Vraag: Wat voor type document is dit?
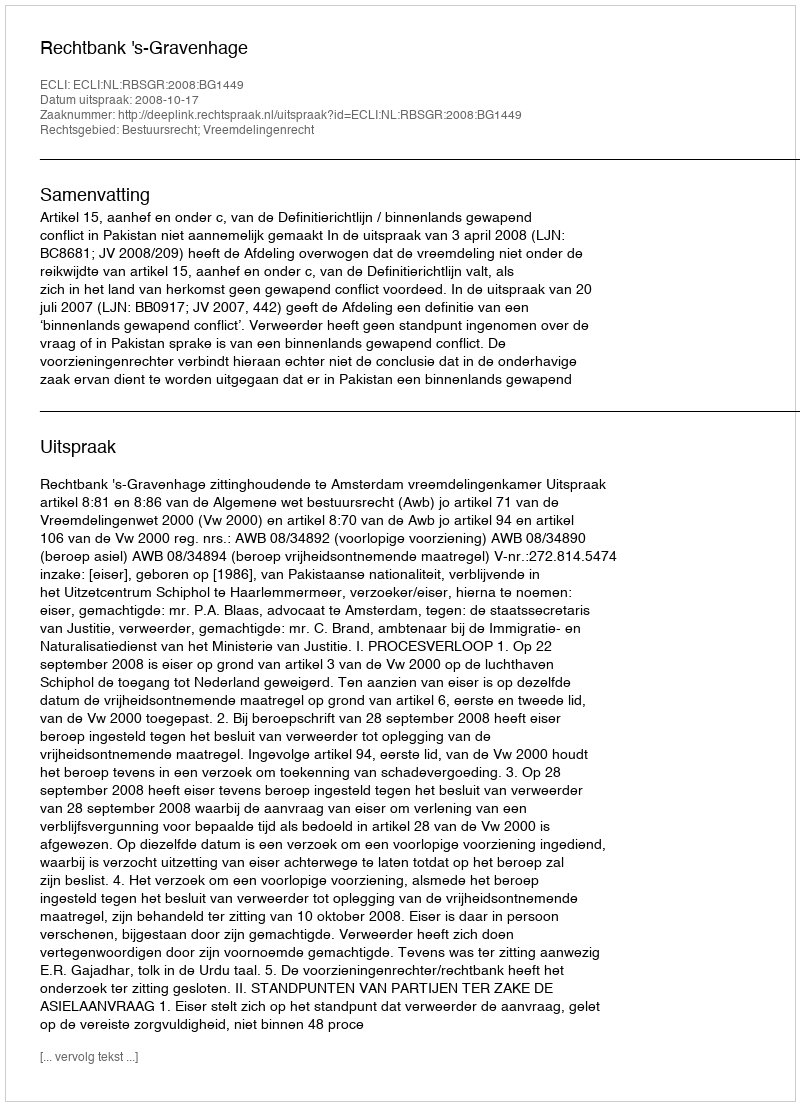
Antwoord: Uitspraak